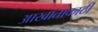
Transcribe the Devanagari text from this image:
आखाताकाठी